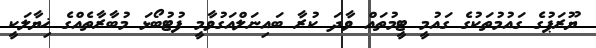
ޔޫރަޕުގެ ގައުމުތަކުގެ ގައުމީ ޓީމުތައް ވާދަ ކުރާ ބައިނަލްއަގުވާމީ ފުޓުބޯޅަ މުބާރާތެއްގެ ޚިޔާލަކީ